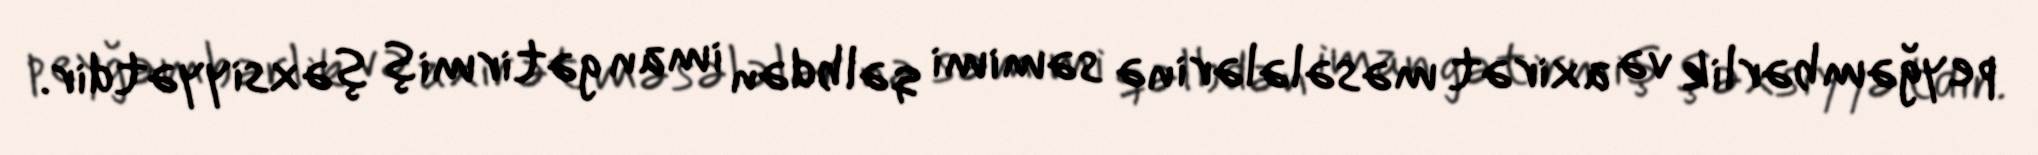
peyğəmbərlik və axirət məsələlərinə səmimi qəlbdən iman gətirmiş şəxsiyyətdir.